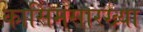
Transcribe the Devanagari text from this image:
कासिमसारख्या